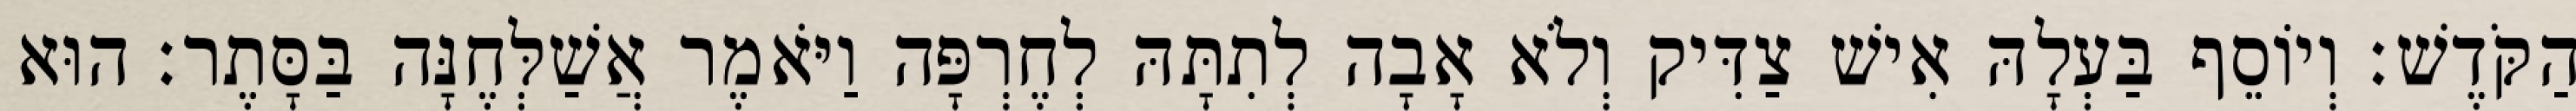
הַקֹּדֶשׁ׃ וְיוֹסֵף בַּעְלָהּ אִישׁ צַדִּיק וְלֹא אָבָה לְתִתָּהּ לְחֶרְפָּה וַיֹּאמֶר אֲשַׁלְּחֶנָּה בַּסָּתֶר׃ הוּא